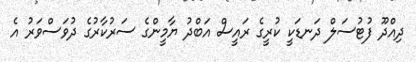
ދިއްދޫ ފުޓުސަލް ދަނޑަކީ ކުރީގެ ރައީސް އަބްދު ޔާމީންގެ ސަރުކާރުގެ ދުވަސްވަރު އެ